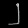
Digit: ၂